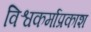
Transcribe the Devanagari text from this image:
विश्वकर्माप्रकाश